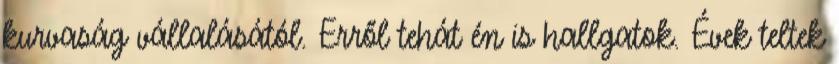
kurvaság vállalásától. Erről tehát én is hallgatok. Évek teltek